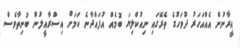
އީރާނުން އެއްއަހަރު ދުވަހުގެ ތެރޭގައި ނިއުކްލިޔަ ބޮމެއް އުފައްދާނެ ކަމަށް އިސްރާއީލުން ބުނިތާވެސް